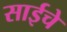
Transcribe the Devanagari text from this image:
साईचे